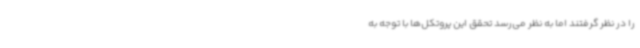
را در نظر گرفتند اما به نظر می‌رسد تحقق این پروتکل‌ها با توجه به